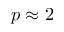
p \approx 2